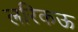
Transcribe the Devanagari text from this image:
लरिकऊ